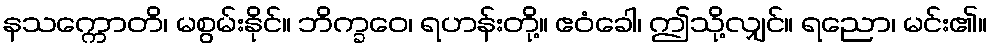
နသက္ကောတိ၊ မစွမ်းနိုင်။ ဘိက္ခဝေ၊ ရဟန်းတို့။ ဧဝံခေါ၊ ဤသို့လျှင်။ ရညော၊ မင်း၏။